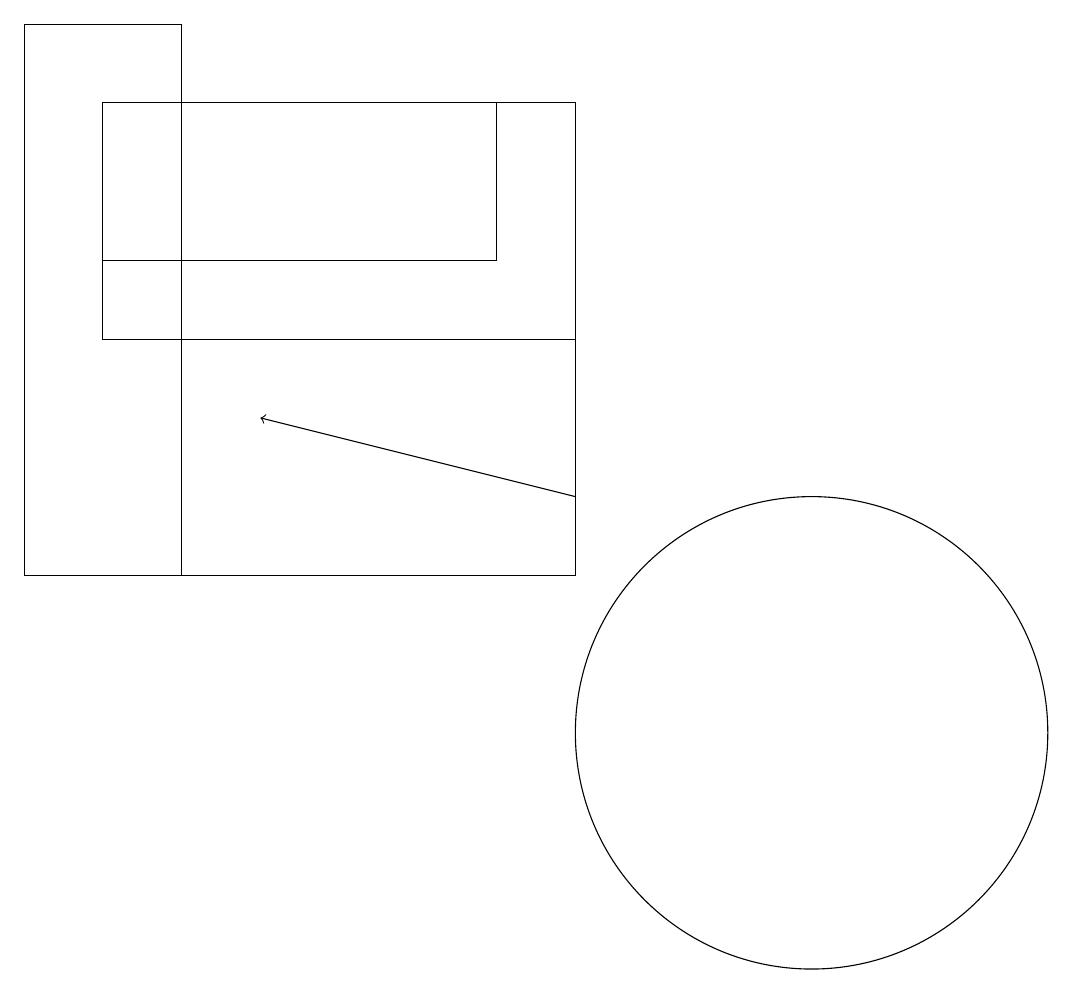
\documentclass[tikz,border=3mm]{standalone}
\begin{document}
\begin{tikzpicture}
\draw (8,12) rectangle (3,18);
\draw (11,10) circle (3);
\draw (1,12) rectangle (3,19);
\draw (7,16) rectangle (2,18);
\draw[->] (8,13) -- (4,14);
\draw (2,18) rectangle (8,15);
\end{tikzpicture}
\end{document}